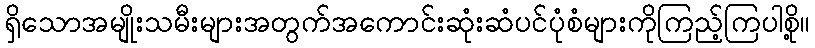
ရှိသောအမျိုးသမီးများအတွက်အကောင်းဆုံးဆံပင်ပုံစံများကိုကြည့်ကြပါစို့။